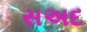
સઅદ